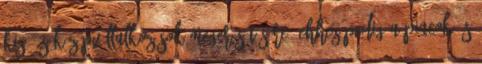
kis- és középvállalkozások megerősítésére, ehhez pedig a piacok és